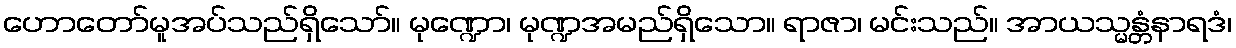
ဟောတော်မူအပ်သည်ရှိသော်။ မုဏ္ဍော၊ မုဏ္ဍအမည်ရှိသော။ ရာဇာ၊ မင်းသည်။ အာယသ္မန္တံနာရဒံ၊